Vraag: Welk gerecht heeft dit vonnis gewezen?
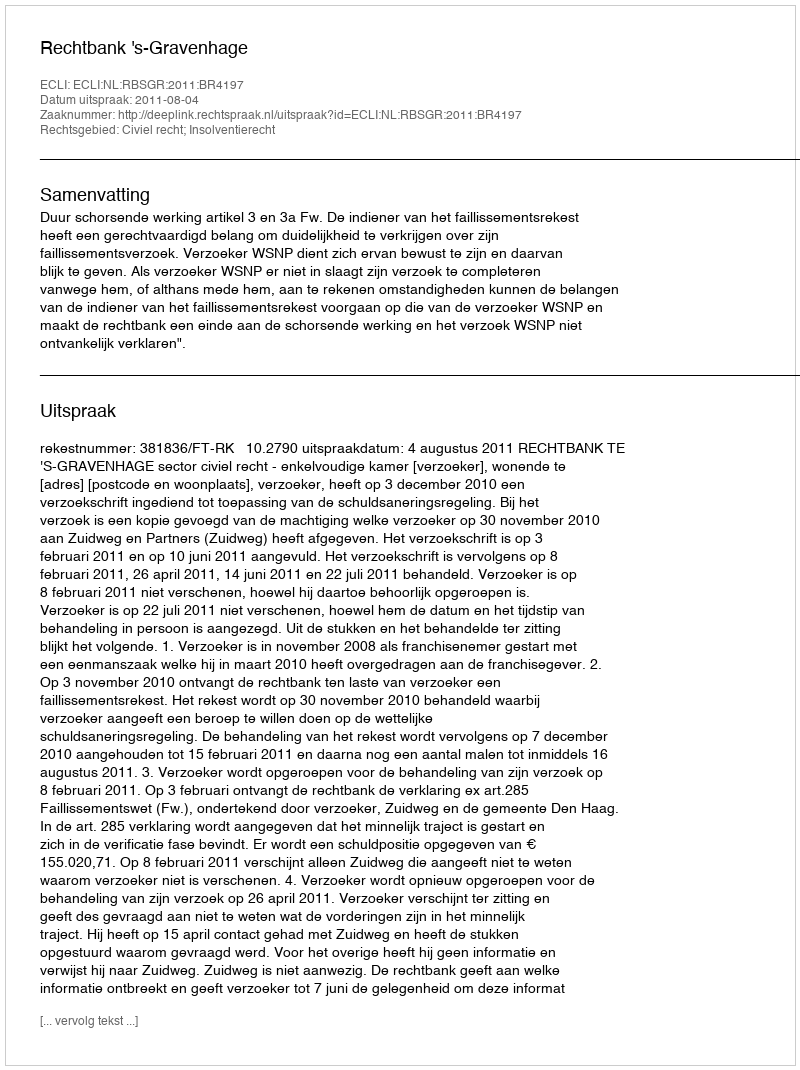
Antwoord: Rechtbank 's-Gravenhage